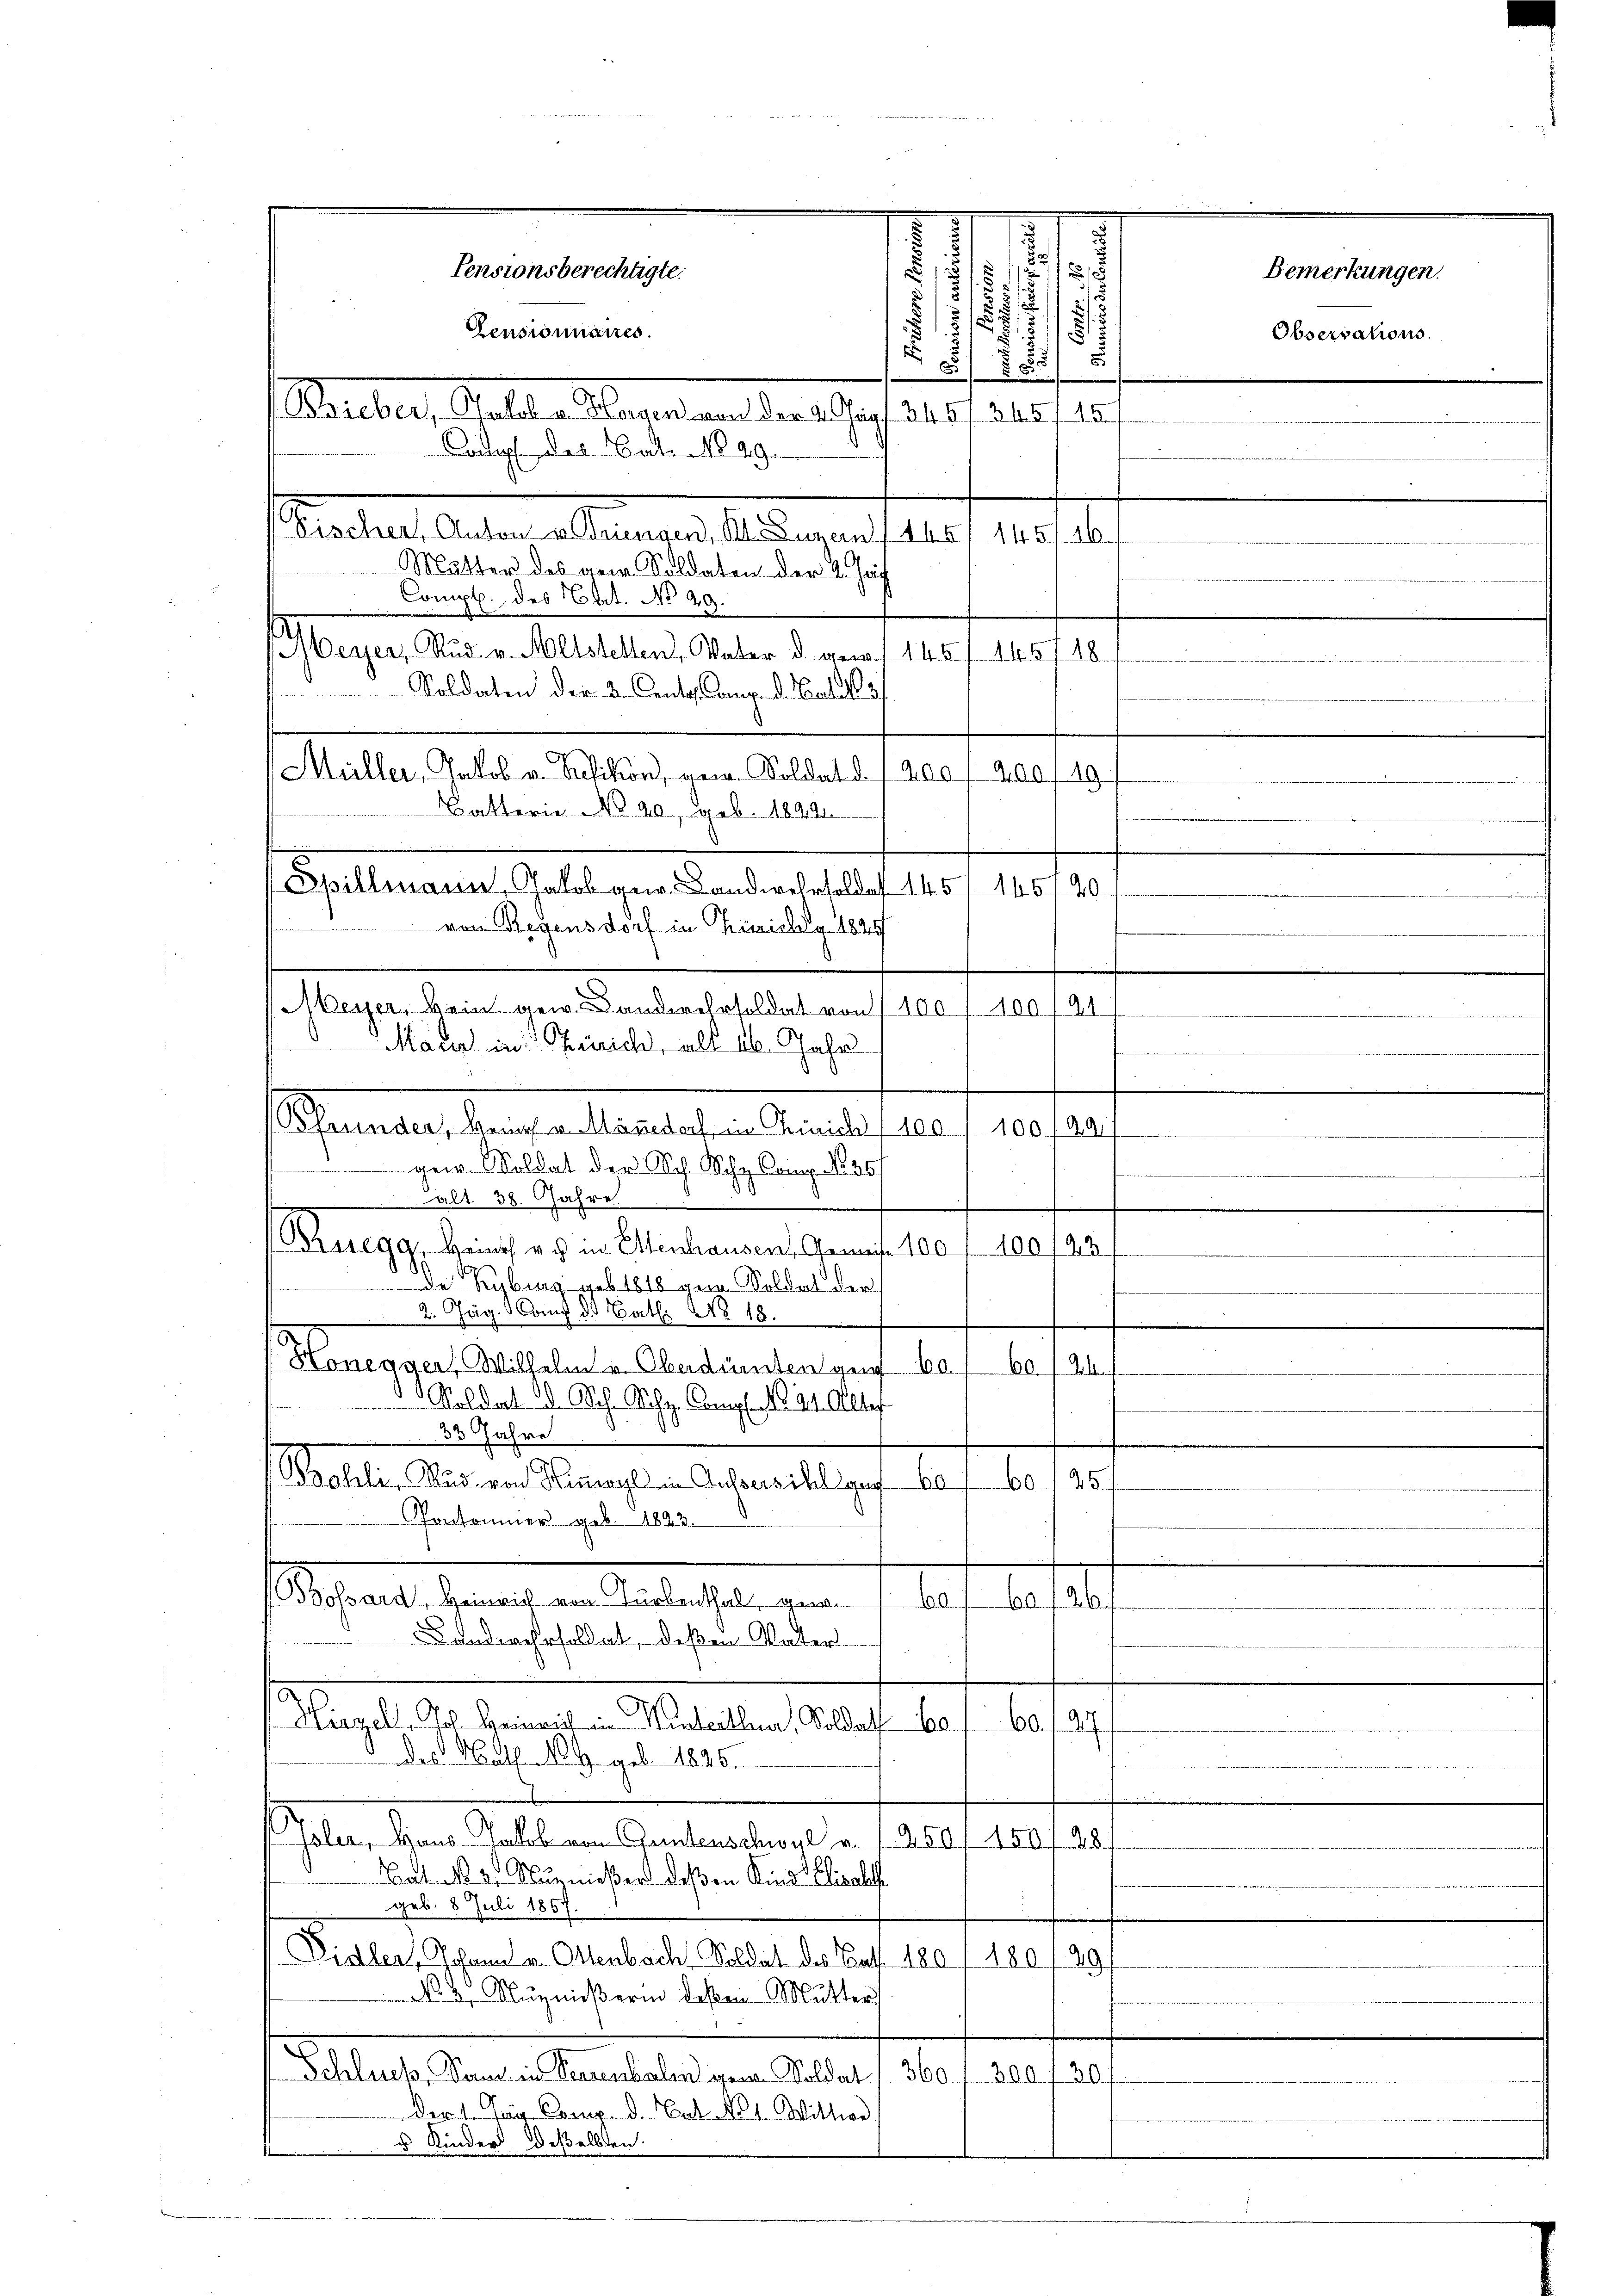
Pensionsberechtigte.

Pensionnaires.
Bicher, Gelde Magen an der Graf. 240 f 215115
Coel des Bat. No 29.
Fischer Anton v. drungen, Kt. Luzern 145/445/16.
Mutter des vom Soldaten der 2. Jah
n
Comp. des Nat. No 29.
a
Weyer, Rud. v. Altstellen, Vater d. gew. 1145/1451 18
Soldaten der 3. Cento. Canz. d. Paten 3/
 Müller, Jakob u. Bisikon, gen. Soldat d. 1200 f 200,49
Batterie NNo. 20, geb. 1892.
von Regensdorf in Zichy 1825
.
ger. Soldat der Sch. Rchz. Comp. N. 357
e
alt. 38. Jahre
e
ruegg, Heines er in Ettenhausen, Gemeise 100. 1100143 f.
de Kyburg geb. 1818 gen Soldat der
2. Jäg. Kauf d. Bat. No. 18.
h
/Honegger, Wilhelm v. Oberdienten gen 60. 60 f 24
Soldat D. Sch. Schg. Compl. No. 24. Alter
33 Jahre
d
Brohli, Wird von Sigl in Autorikel geg 607. 60. 125
Vontoner geb. 1822.
ses als Gewalt in Betrachte gern s. be
tafel
Landwehrsoldat, deßen Vater
Hirzel, Joh. Heinrich in Manterthur, Soldat be
a. f. A.
das Nath No. 4. geb. 1826.
jaler, Haus Jakob von Geistenschwyl v. 1. 250, 150 f 48
Cat. No. 3. Nuznießer deßen Kind Elisab
geb. 8. Juli 1857.
Didler, Johann u. Ottenbach, Soldat des Bast 180/ 180
29
No. 3. Nuznießerin deßen Mutter
Schluck, Sand in Verzenbaligen. Soldat / 360 f. 300 f 30
Der 1. Jan. Comp. d. Cat. No 1. Wittwe
 u. Kinder deßelben.
t

Spillmann, Jakob ger Landwehrsoldes 145/ 146740

Meyer, kein gew. Landwehrsoldat von 100, 100. 191
Mauer in Zürich, als 16. Jahr

Grunder, benach v. Männedorf im Zürich) 100. 1100 f 20

s
2
f

f
1
.
/3127/
.
.
80x

Bemerkungen.

Observations.